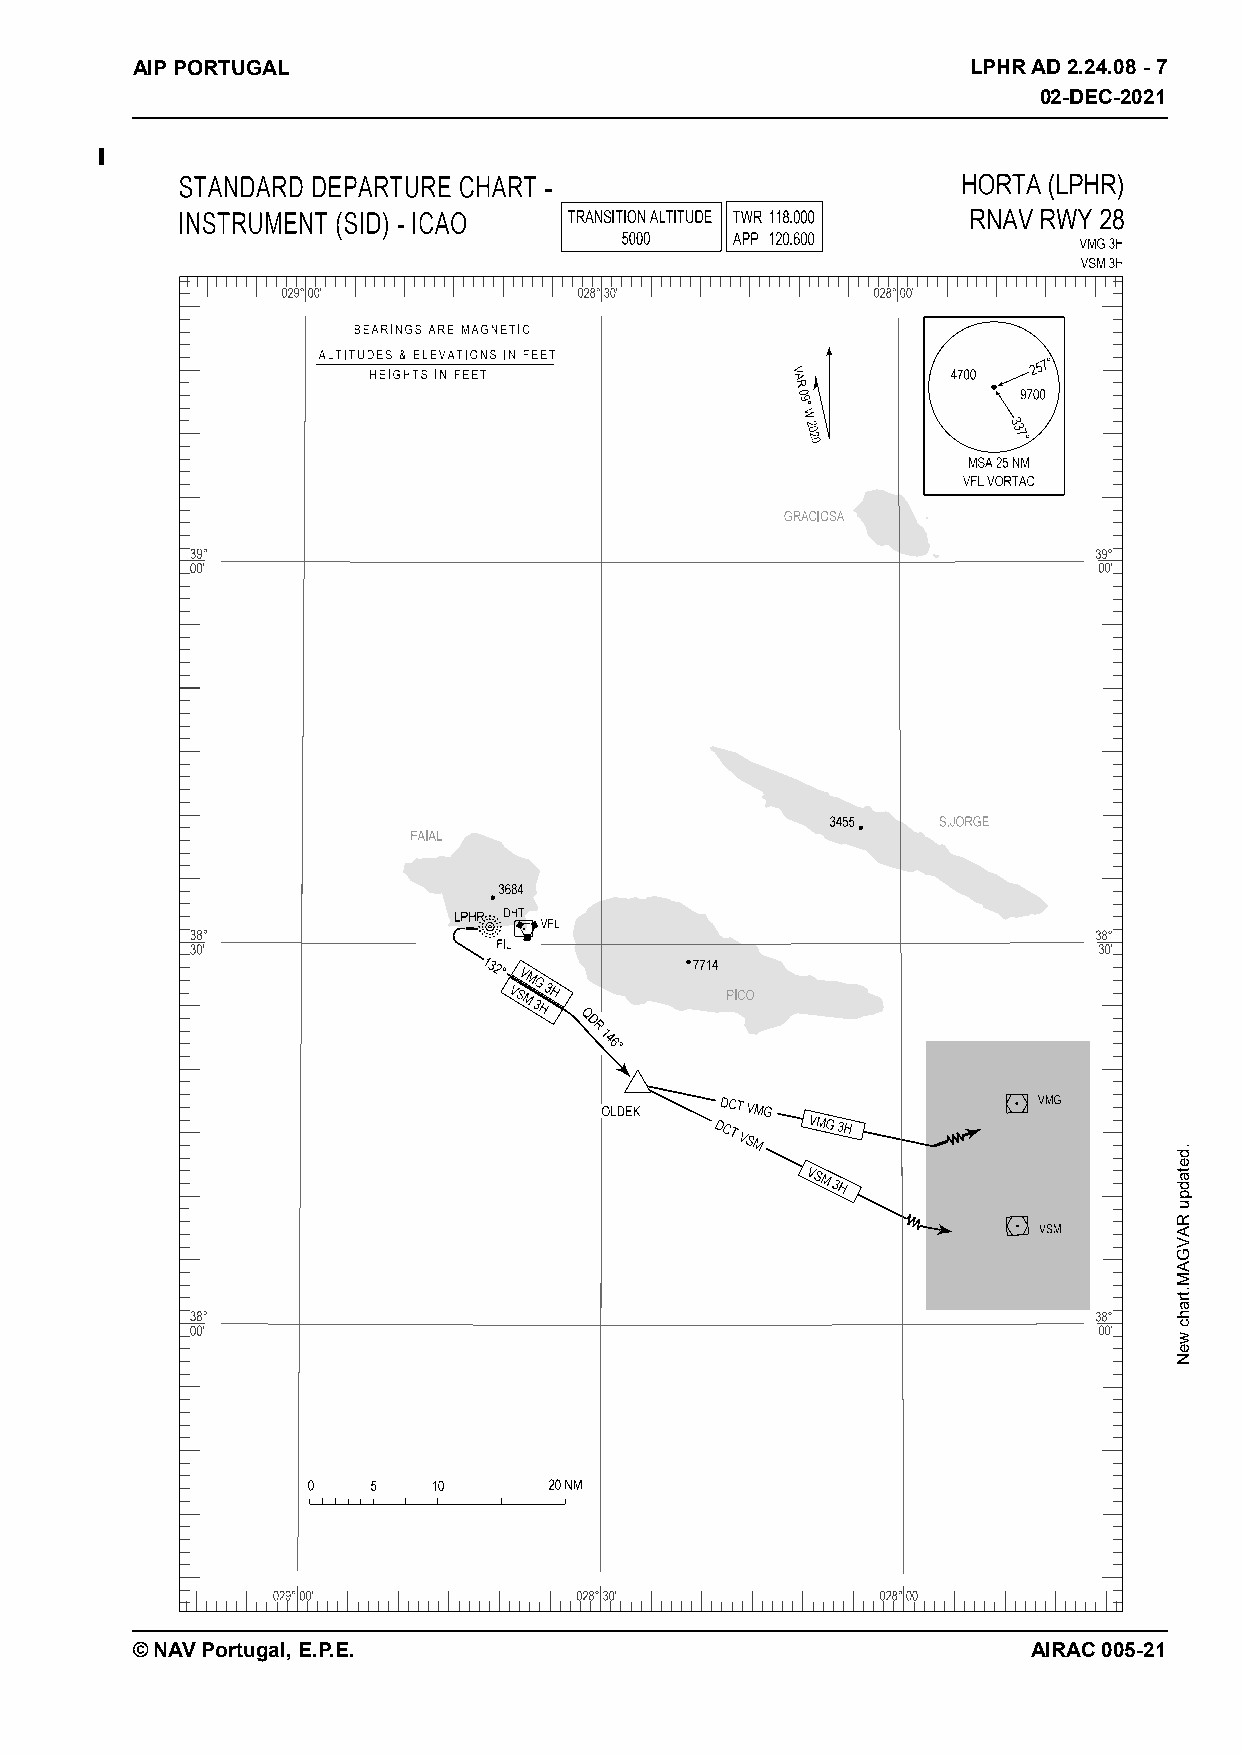
02-DEC-2021
 AIP PORTUGAL                                           LPHR AD 2.24.08 - 7
 02-DEC-2021
 © NAV Portugal, E.P.E.                                     AIRAC 005-21
 .detadpu
 RAVGAM.trahc
 weN